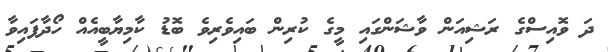
ދަ ވޮއިސްގެ ރަޝިއަން ވާޝަންގައި މީގެ ކުރިން ބައިވެރިވެ ބޮޑު ކާމިޔާބީއެއް ހޯދާފައިވާ